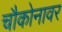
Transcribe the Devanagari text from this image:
चौकोनावर